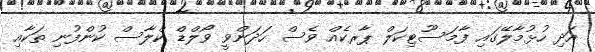
އަދި ހުޅުމާލޭގައި ފާމަސޫޓިކަލް ޕާރކެއް ވެސް ހަދަންވީ ވޯލްޑް ކްލާސް ކުންފުނި ތަކާއި